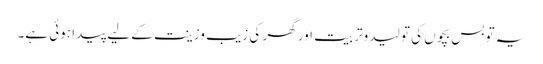
یہ تو بس بچوں کی تولید وتربیت اور گھر کی زیب وزینت کے لیے پیدا ہوئی ہے۔